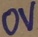
Text: 0V